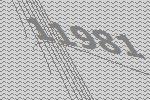
11981